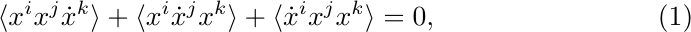
	\begin{equation}
		\langle x^i x^j \dot x^k \rangle + \langle x^i \dot x^j x^k \rangle + \langle \dot x^i x^j x^k \rangle = 0,
	\end{equation}